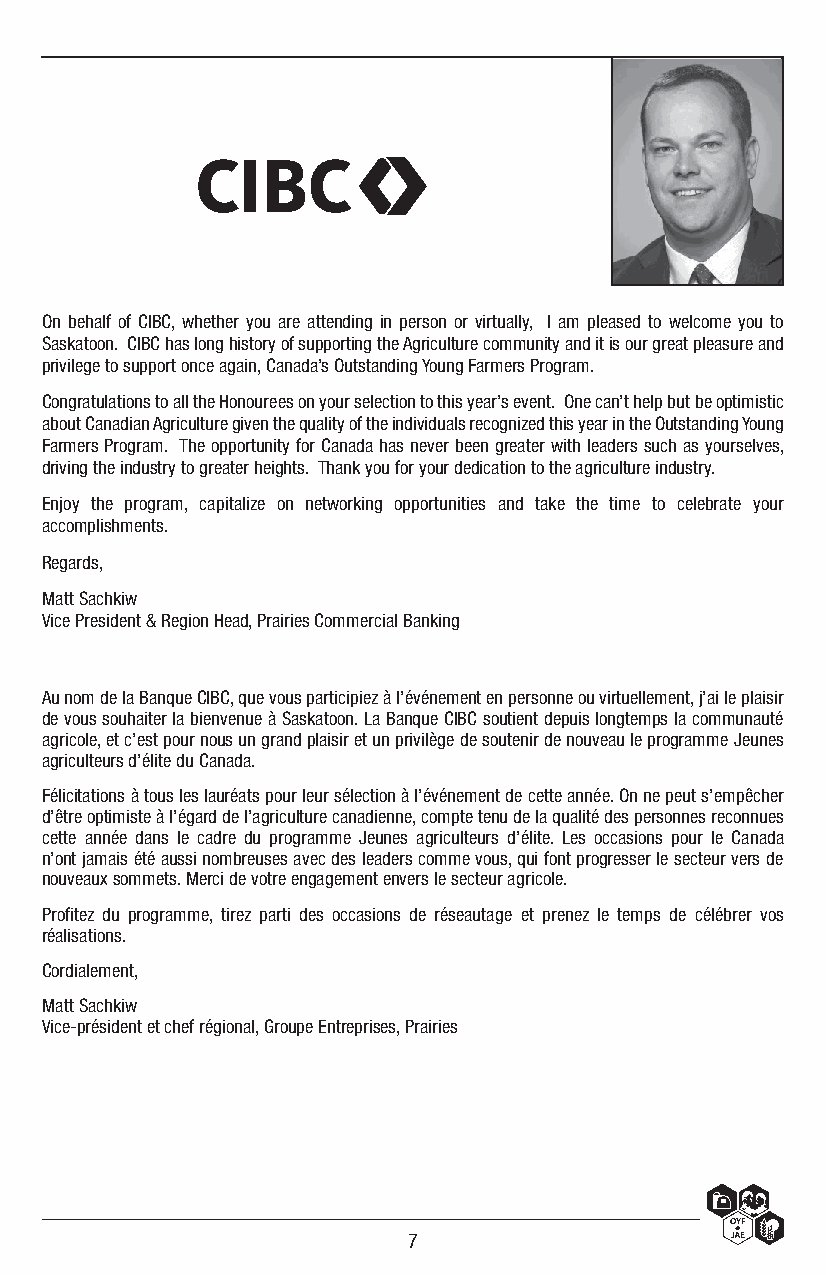
On behalf of CIBC, whether you are attending in person or virtually, I am pleased to welcome you to
 Saskatoon. CIBC has long history of supporting the Agriculture community and it is our great pleasure and
 privilege to support once again, Canada’s Outstanding Young Farmers Program.
 Congratulations to all the Honourees on your selection to this year’s event. One can’t help but be optimistic
 about Canadian Agriculture given the quality of the individuals recognized this year in the Outstanding Young
 Farmers Program. The opportunity for Canada has never been greater with leaders such as yourselves,
 driving the industry to greater heights. Thank you for your dedication to the agriculture industry.
 Enjoy the program, capitalize on networking opportunities and take the time to celebrate your
 accomplishments.
 Regards,
 Matt Sachkiw
 Vice President & Region Head, Prairies Commercial Banking
 Au nom de la Banque CIBC, que vous participiez à l’événement en personne ou virtuellement, j’ai le plaisir
 de vous souhaiter la bienvenue à Saskatoon. La Banque CIBC soutient depuis longtemps la communauté
 agricole, et c’est pour nous un grand plaisir et un privilège de soutenir de nouveau le programme Jeunes
 agriculteurs d’élite du Canada.
 Félicitations à tous les lauréats pour leur sélection à l’événement de cette année. On ne peut s’empêcher
 d’être optimiste à l’égard de l’agriculture canadienne, compte tenu de la qualité des personnes reconnues
 cette année dans le cadre du programme Jeunes agriculteurs d’élite. Les occasions pour le Canada
 n’ont jamais été aussi nombreuses avec des leaders comme vous, qui font progresser le secteur vers de
 nouveaux sommets. Merci de votre engagement envers le secteur agricole.
 Profitez du programme, tirez parti des occasions de réseautage et prenez le temps de célébrer vos
 réalisations.
 Cordialement,
 Matt Sachkiw
 Vice-président et chef régional, Groupe Entreprises, Prairies
 7